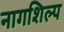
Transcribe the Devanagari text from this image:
नागशिल्प